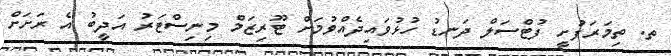
ތ. ތިމަރަފުށީ ފުޓްސަލް ދަނޑު ހުޅުވައިދެއްވުމަށް ޓޫރިޒަމް މިނިސްޓަރު އަދީބު އެ ރަށަށް